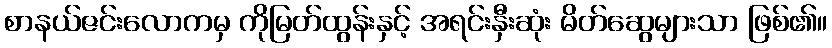
စာနယ်ဇင်းလောကမှ ကိုမြတ်ထွန်းနှင့် အရင်းနှီးဆုံး မိတ်ဆွေများသာ ဖြစ်၏။